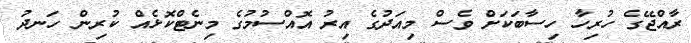
ރާއްޖޭގެ ހުރިހާ ހިސާބަކަށް ވެސް މިއަދުގެ އިރު އޮއްސުމުގެ މިނެޓްކޮޅެއް ކުރިން ހަނދު